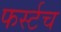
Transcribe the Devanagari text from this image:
फर्स्टच